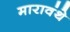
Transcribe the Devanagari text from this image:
मारावंथे